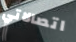
اتصالاتي